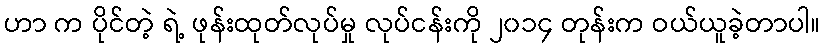
ဟာ က ပိုင်တဲ့ ရဲ့ ဖုန်းထုတ်လုပ်မှု လုပ်ငန်းကို ၂၀၁၄ တုန်းက ဝယ်ယူခဲ့တာပါ။